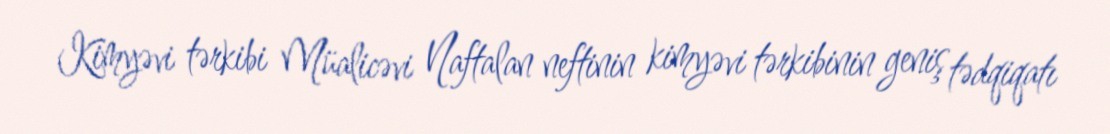
Kimyəvi tərkibi Müalicəvi Naftalan neftinin kimyəvi tərkibinin geniş tədqiqatı